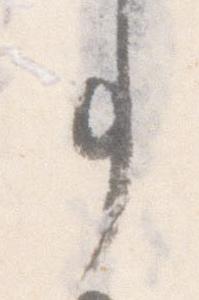
事